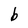
Character: b